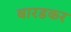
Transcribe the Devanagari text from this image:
बारडकर